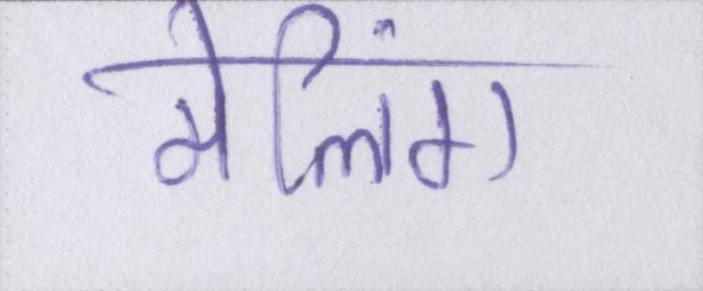
मेलिंग